Scottish Leaving Certificate Examination, 1955
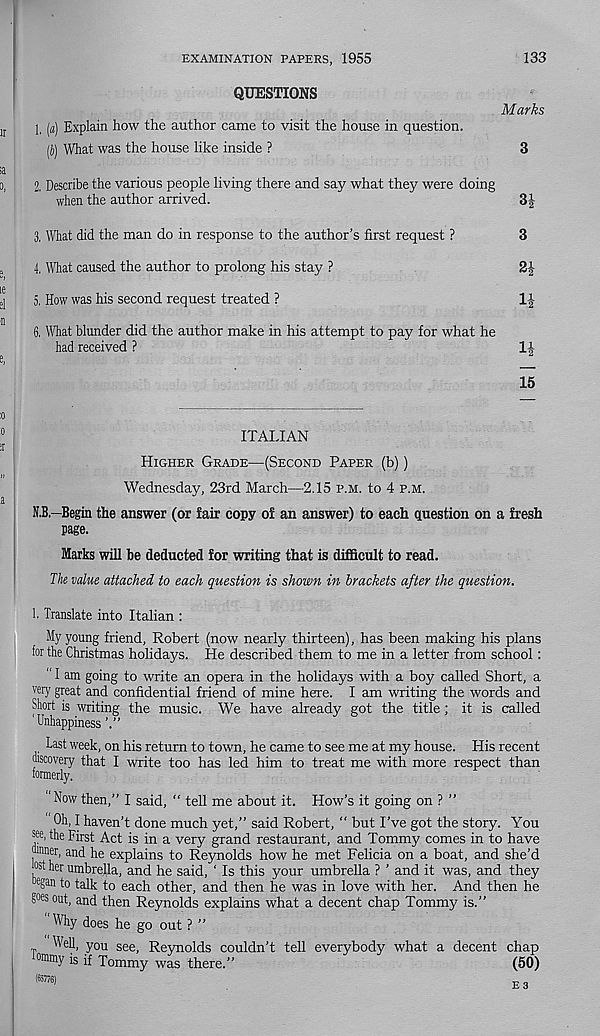
EXAMINATION PAPERS, 1955
133
QUESTIONS
1, [a] Explain how the author came to visit the house in question.
(J) What was the house like inside ?
Marks
3
2, Describe the various people living there and say what they were doing
when the author arrived.
3J
3, What did the man do in response to the author’s first request ?
3
4, What caused the author to prolong his stay ?
2|
5, How was his second request treated ?
1J
6, What blunder did the author make in his attempt to pay for what he
had received ?
IJ
15
ITALIAN
Higher Grade—(Second Paper (b))
Wednesday, 23rd March—2.15 p.m. to 4 p.m.
K.B.—Begin the answer (or fair copy of an answer) to each question on a fresh
page.
Marks will he deducted for writing that is difficult to read.
The value attached to each question is shown in brackets after the question.
h Translate into Italian :
My young friend, Robert (now nearly thirteen), has been making his plans
for the Christmas holidays. He described them to me in a letter from school:
" I am going to write an opera in the holidays with a boy called Short, a
very great and confidential friend of mine here. I am writing the words and
Short is writing the music. We have already got the title; it is called
' Unhappiness
Last week, on his return to town, he came to see me at my house. His recent
discovery that I write too has led him to treat me with more respect than
formerly.
Now then,” I said, “ tell me about it. How’s it going on ? ”
Oh, I haven’t done much yet,” said Robert, “ but I’ve got the story. You
see, the First Act is in a very grand restaurant, and Tommy comes in to have
jhnner, and he explains to Reynolds how he met Felicia on a boat, and she’d
, 0Sl “V umbrella, and he said, ‘ Is this your umbrella ? ’ and it was, and they
egffi to talk to each other, and then he was in love with her. And then he
goes out, and then Reynolds explains what a decent chap Tommy is.”
"Why does he go out ? ”
Well, you see, Reynolds couldn’t tell everybody what a decent chap
°m m y if Tommy was there.”
(50)